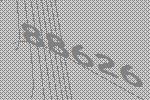
88626